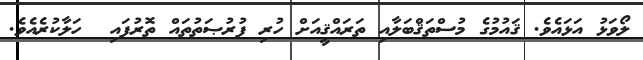
ލޯވަޅު އަޅައެވެ. ޤައުމުގެ މުސްތަޤްބަލާއި ތަރައްޤީއަށް ހުރި ފުރުޞަތުތައް ތޮރުފައި  ހަލާކުރެއެވެ.